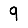
Digit: 9